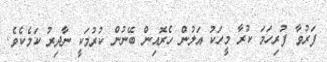
ފަރުވާ ފުރިހަމަ ކުރާ މީހަކު އަލުން ހެރޮއިން ބޭނުން ކުރުމަކީ ނާދިރު ކަމެކެވެ.